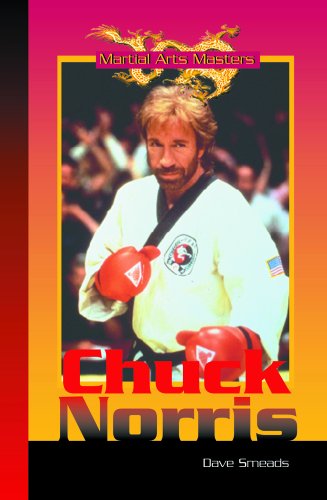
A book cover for Chuck Norris (Martial Arts Masters); Dave Smeds; Teen & Young Adult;